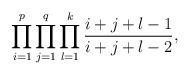
LaTeX: \begin{align*}\prod_{i=1}^p\prod_{j=1}^q\prod_{l=1}^k \frac{i+j+l-1}{i+j+l-2},\end{align*}